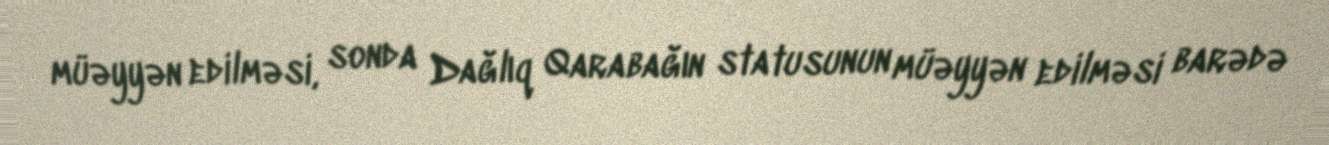
müəyyən edilməsi, sonda Dağlıq Qarabağın statusunun müəyyən edilməsi barədə